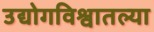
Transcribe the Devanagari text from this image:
उद्योगविश्वातल्या